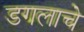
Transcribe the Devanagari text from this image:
डगलाचे